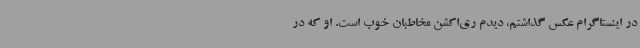
در اینستاگرام عکس گذاشتم، دیدم ری‌اکشن مخاطبان خوب است. او که در